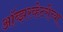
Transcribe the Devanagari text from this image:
ऑब्झरव्हेटरीच्या